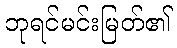
ဘုရင်မင်းမြတ်၏